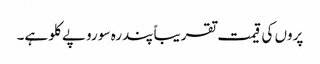
پروں کی قیمت تقریباً پندرہ سو روپے کلو ہے۔